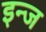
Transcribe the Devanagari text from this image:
इन्ज